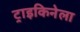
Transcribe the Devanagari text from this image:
ट्राइकिनेला